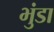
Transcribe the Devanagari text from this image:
भुंडा